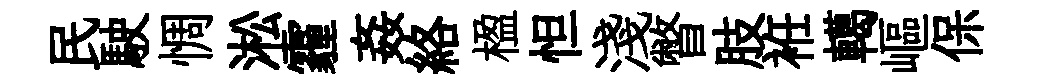
民駛惆淞霾姦絡楹怛淺瞥肢袵轕嶇保